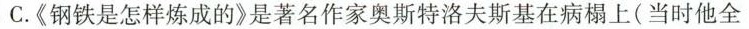
C.《钢铁是怎样炼成的》是著名作家奥斯特洛夫斯基在病榻上(当时他全